Indian journal of veterinary science and animal husbandry - Volume 12,
Year: 1942
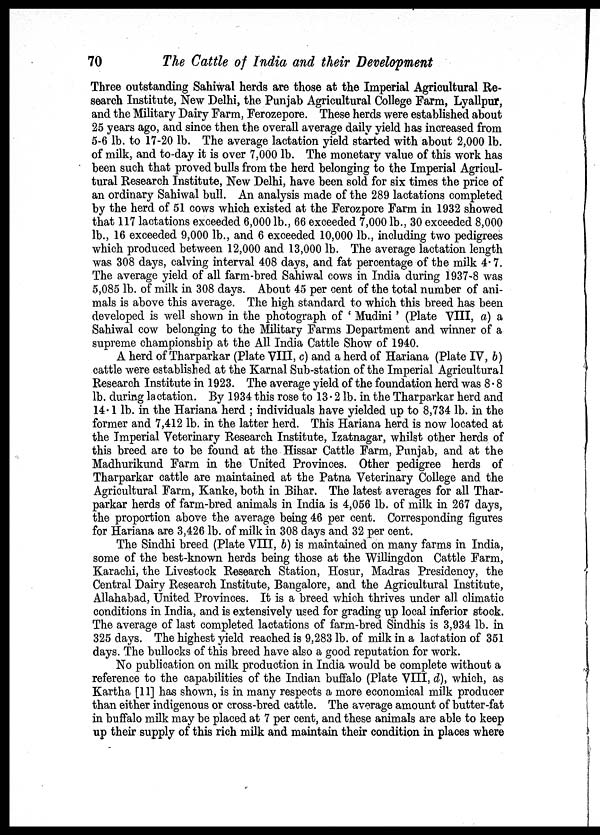
70
The Cattle of India and their Development
Three outstanding Sahiwal herds are those at the Imperial Agricultural Re-
search Institute, New Delhi, the Punjab Agricultural College Farm, Lyallpur,
and the Military Dairy Farm, Ferozepore. These herds were established about
25 years ago, and since then the overall average daily yield has increased from
5-6 lb. to 17-20 lb. The average lactation yield started with about 2,000 lb.
of milk, and to-day it is over 7,000 lb. The monetary value of this work has
been such that proved bulls from the herd belonging to the Imperial Agricul-
tural Research Institute, New Delhi, have been sold for six times the price of
an ordinary Sahiwal bull. An analysis made of the 289 lactations completed
by the herd of 51 cows which existed at the Ferozpore Farm in 1932 showed
that 117 lactations exceeded 6,000 lb., 66 exceeded 7,000 lb., 30 exceeded 8,000
lb., 16 exceeded 9,000 lb., and 6 exceeded 10,000 lb., including two pedigrees
which produced between 12,000 and 13,000 lb. The average lactation length
was 308 days, calving interval 408 days, and fat percentage of the milk 4.7.
The average yield of all farm-bred Sahiwal cows in India during 1937-8 was
5,085 lb. of milk in 308 days. About 45 per cent of the total number of ani-
mals is above this average. The high standard to which this breed has been
developed is well shown in the photograph of ' Mudini' (Plate VIII, a) a
Sahiwal cow belonging to the Military Farms Department and winner of a
supreme championship at the All India Cattle Show of 1940.
A herd of Tharparkar (Plate VIII, c) and a herd of Hariana (Plate IV, b)
cattle were established at the Karnal Sub-station of the Imperial Agricultural
Research Institute in 1923. The average yield of the foundation herd was 8.8
lb. during lactation. By 1934 this rose to 13.2 lb. in the Tharparkar herd and
14.1 lb. in the Hariana herd ; individuals have yielded up to 8,734 lb. in the
former and 7,412 lb. in the latter herd. This Hariana herd is now located at
the Imperial Veterinary Research Institute, Izatnagar, whilst other herds of
this breed are to be found at the Hissar Cattle Farm, Punjab, and at the
Madhurikund Farm in the United Provinces. Other pedigree herds of
Tharparkar cattle are maintained at the Patna Veterinary College and the
Agricultural Farm, Kanke, both in Bihar. The latest averages for all Thar-
parkar herds of farm-bred animals in India is 4,056 lb. of milk in 267 days,
the proportion above the average being 46 per cent. Corresponding figures
for Hariana are 3,426 lb. of milk in 308 days and 32 per cent.
The Sindhi breed (Plate VIII, b) is maintained on many farms in India,
some of the best-known herds being those at the Willingdon Cattle Farm,
Karachi, the Livestock Research Station, Hosur, Madras Presidency, the
Central Dairy Research Institute, Bangalore, and the Agricultural Institute,
Allahabad, United Provinces. It is a breed which thrives under all climatic
conditions in India, and is extensively used for grading up local inferior stock.
The average of last completed lactations of farm-bred Sindhis is 3,934 lb. in
325 days. The highest yield reached is 9,283 lb. of milk in a lactation of 351
days. The bullocks of this breed have also a good reputation for work.
No publication on milk production in India would be complete without a
reference to the capabilities of the Indian buffalo (Plate VIII, d), which, as
Kartha [11] has shown, is in many respects a more economical milk producer
than either indigenous or cross-bred cattle. The average amount of butter-fat
in buffalo milk may be placed at 7 per cent, and these animals are able to keep
up their supply of this rich milk and maintain their condition in places where